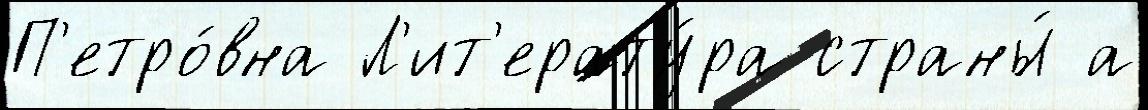
П'етро́вна Л'ит'ерату́ра страны́ а